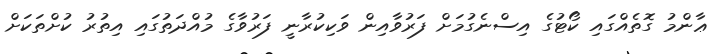
ޢާންމު ގޮތެއްގައި ކޯޓުގެ އިސްނެގުމަށް ފަރުވާއިން ވަކިކުރާނީ ފަރުވާގެ މުއްދަތުގައި އިތުރު ކުށްތަކަށް